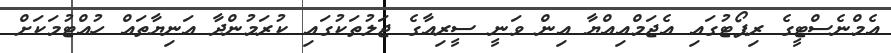
އެމްނެސްޓީގެ ރިޕޯޓުގައި އެޖަމްއިއްޔާ އިން ވަނީ ސީރިއާގެ ޖަލުތަކުގައި ކުރަމުންދާ އަނިޔާތައް ހުއްޓުމަކަށް